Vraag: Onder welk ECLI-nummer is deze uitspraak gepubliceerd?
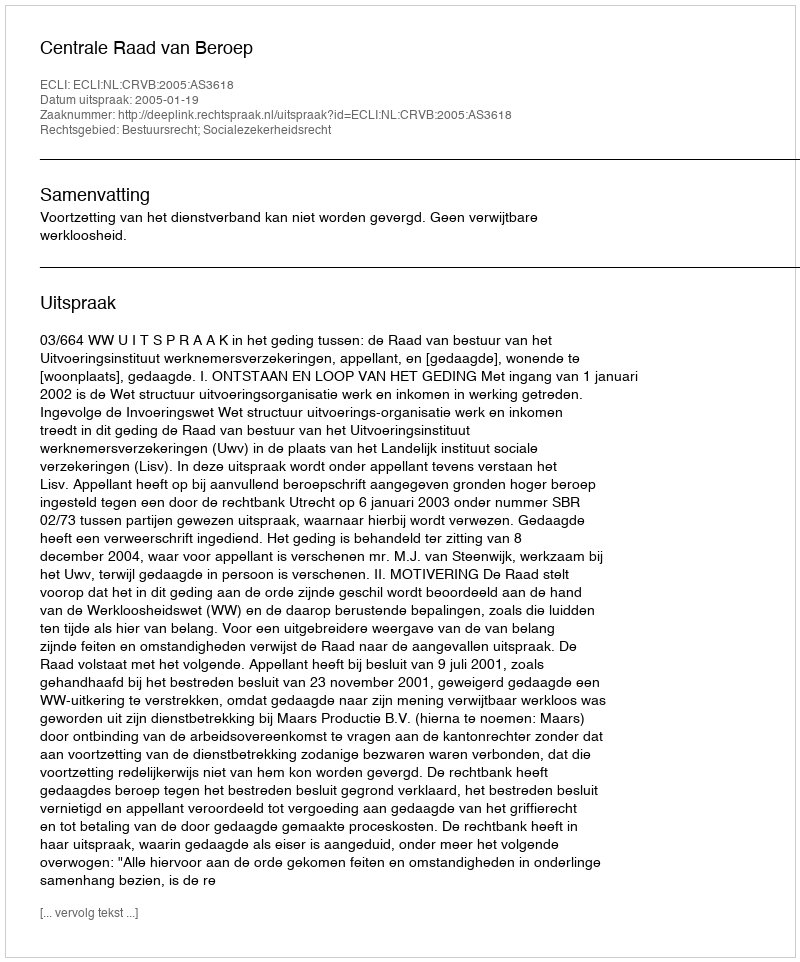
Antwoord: ECLI:NL:CRVB:2005:AS3618